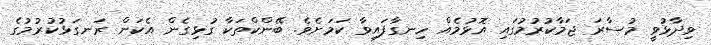
ވިދާޅުވީ މުސާރަ ޖަމާކުރުމުގައި އޮޅުމެއް ހިނގާފައިވާ ކަމަށެވެ. ބޭންކްތަކާ ގުޅިގެން އެކަން ރަނގަޅުކުރުމުގެ